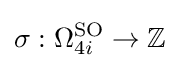
\sigma :\Omega _{4i}^{\text{SO}}\to \mathbb {Z}